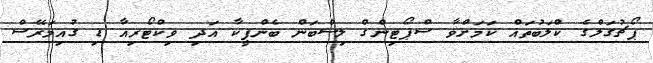
ޕޯޗުގަލްގެ ކްލަބުތައް ކަމަށްވާ ސްޕޯޓިންގް ލިސްބަން ބެންފީކާ އަދި ވިކްޓޯރިއާ ޑި ގުއިމަރޭސް